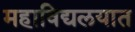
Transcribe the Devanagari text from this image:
महाविद्यलयात